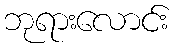
ဘုရားလောင်း